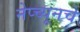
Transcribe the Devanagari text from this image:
नेप्च्यूनचे